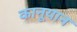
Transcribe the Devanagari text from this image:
कानूयान